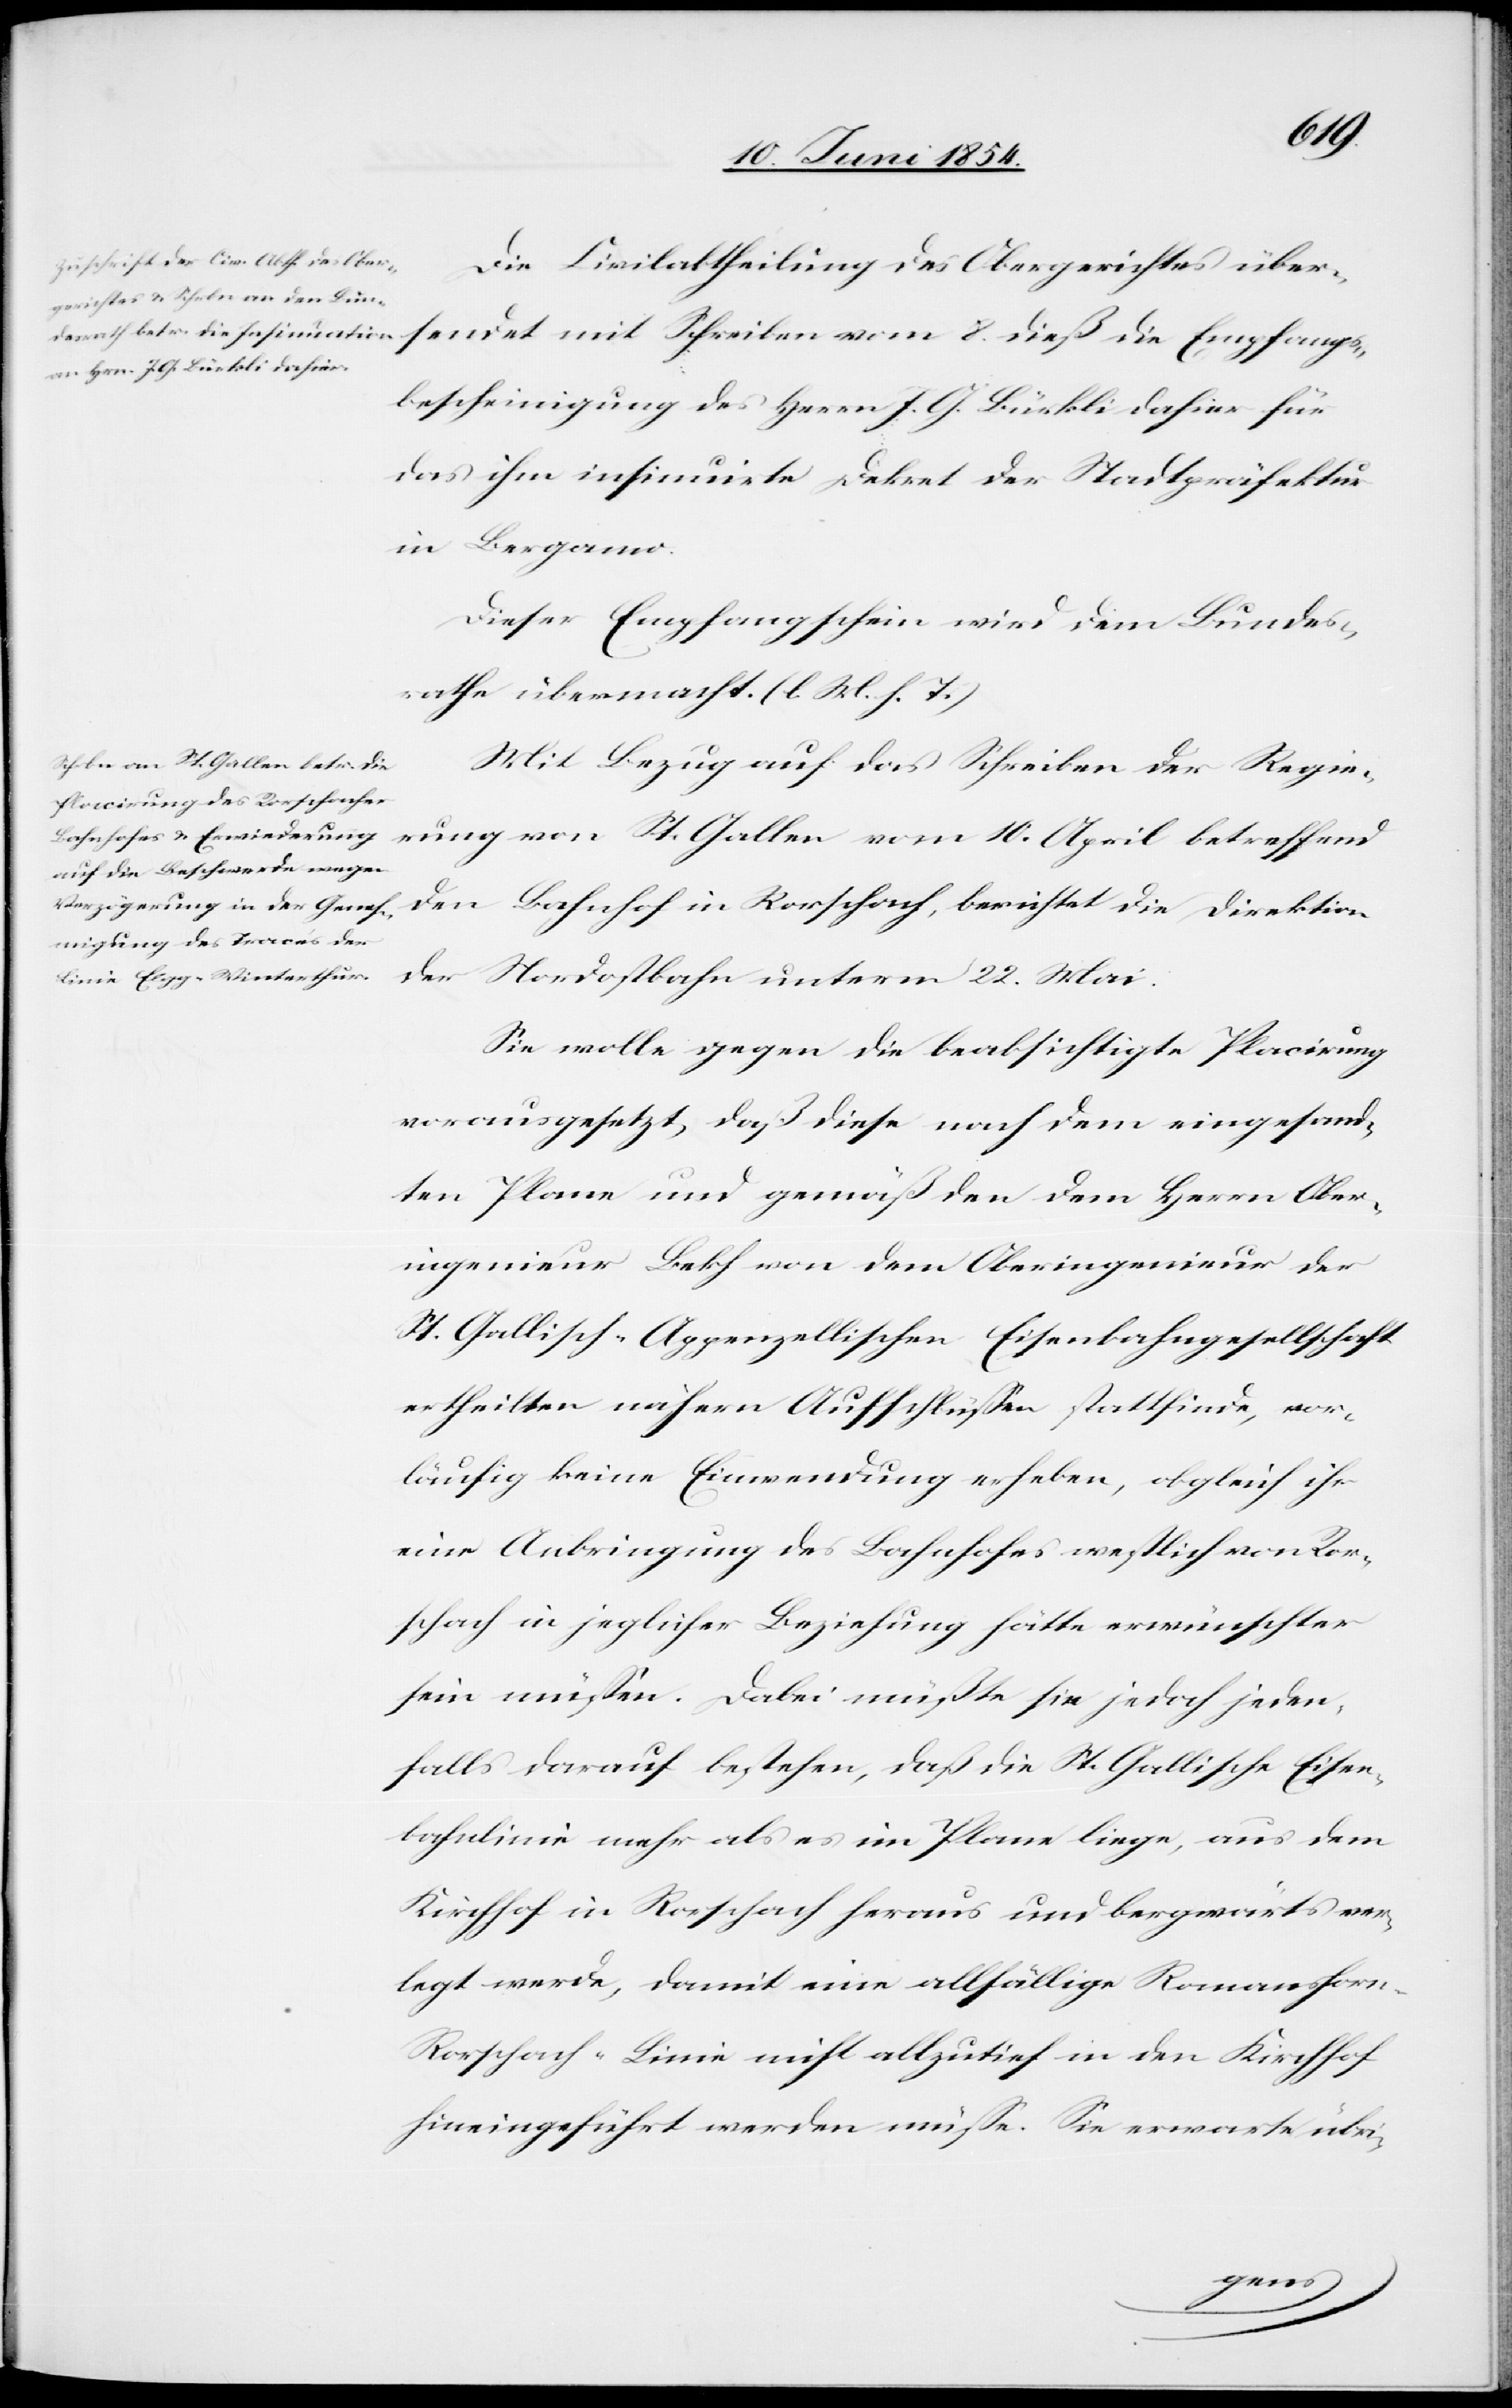
Die Civilabtheilung des Obergerichtes über¬
sendet mit Schreiben vom 8. dieß die Empfangs¬
bescheinigung des Herrn J. G. Bürkli dahier für
das ihm insinuirte Dekret der Stadtpräfektur
in Bergamo.
Dieser Empfangschein wird dem Bundes¬
rathe übermacht. (l. M. h. T.)
Mit Bezug auf das Schreiben der Regie¬
rung von St. Gallen vom 10. April betreffend
Nordostbahn unterm 22. Mai:
Sie wolle gegen die beabsichtigte Placirung
vorausgesetzt, daß diese nach dem eingesand¬
ten Plane und gemäß den dem Herrn Ober¬
ingenieur Bekh von dem Oberingenieur der
St. Gallisch-Appenzellischen Eisenbahngesellschaft
ertheilten nähern Aufschlüßen stattfinde, vor¬
läufig keine Einwendung erheben, obgleich ihr
eine Anbringung des Bahnhofes westlich von Ror¬
schach in jeglicher Beziehung hätte erwünschter
sein müßen. Dabei müßte sie jedoch jeden¬
falls drauf bestehen, daß die St. Gallische Eisen¬
bahnlinie mehr als es im Plane liege, aus dem
Kirchhof in Rorschach heraus und bergwärts ver¬
legt werde, damit eine allfällige Romanshor¬
n-Rorschach-Linie nicht allzutief in den Kirchhof
hineingeführt werden müße. Sie erwarte übri-
den